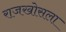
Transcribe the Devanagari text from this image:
राजखोसला